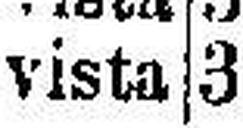
vista 3